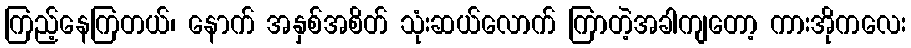
ကြည့်နေကြတယ်၊ နောက် အနှစ်အစိတ် သုံးဆယ်လောက် ကြာတဲ့အခါကျတော့ ကားအိုကလေး